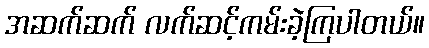
အဆက်ဆက် လက်ဆင့်ကမ်းခဲ့ကြပါတယ်။